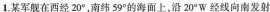
1.某军舰在西经20^{\circ} ，南纬59^{\circ} 的海面上，沿20^{\circ} W经线向南发射